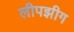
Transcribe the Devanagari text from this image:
लीपझीग